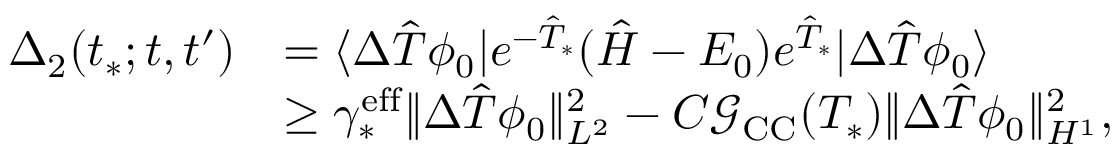
\begin{array} { r l } { \Delta _ { 2 } ( t _ { * } ; t , t ^ { \prime } ) } & { = \langle \Delta \hat { T } \phi _ { 0 } | e ^ { - \hat { T } _ { * } } ( \hat { H } - E _ { 0 } ) e ^ { \hat { T } _ { * } } | \Delta \hat { T } \phi _ { 0 } \rangle } \\ & { \geq \gamma _ { * } ^ { \mathrm { e f f } } \Vert \Delta \hat { T } \phi _ { 0 } \Vert _ { L ^ { 2 } } ^ { 2 } - C \mathcal G _ { \mathrm { C C } } ( T _ { * } ) \Vert \Delta \hat { T } \phi _ { 0 } \Vert _ { H ^ { 1 } } ^ { 2 } , } \end{array}